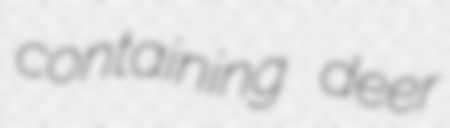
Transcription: containing deer